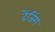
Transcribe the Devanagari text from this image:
देंजिंग